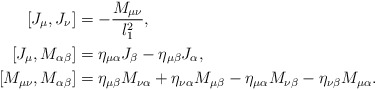
\begin{align*} [J_\mu,J_\nu]&=-\frac{M_{\mu\nu}}{l_1^2},\\ [J_\mu,M_{\alpha\beta}]&=\eta_{\mu\alpha}J_\beta-\eta_{\mu\beta}J_\alpha,\\ [M_{\mu\nu},M_{\alpha\beta}]&=\eta_{\mu\beta}M_{\nu\alpha}+\eta_{\nu\alpha}M_{\mu\beta}-\eta_{\mu\alpha}M_{\nu\beta}-\eta_{\nu\beta}M_{\mu\alpha}.\end{align*}